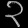
Digit: ၃